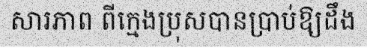
សារភាព ពីក្មេងប្រុសបានប្រាប់ឱ្យដឹង